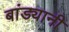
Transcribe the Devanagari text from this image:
बांड्यानी